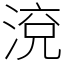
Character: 渷